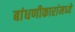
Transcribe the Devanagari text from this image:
बांधणीकारांमध्ये